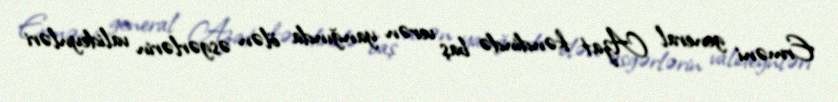
Erməni general Azat kəndində baş verən yanğında ölən əsgərlərin valideynləri